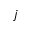
j